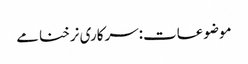
موضوعات:سرکاری نرخنامے